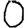
Digit: 0